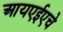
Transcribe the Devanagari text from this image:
आयएईएचे